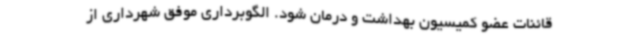
قائنات عضو کمیسیون بهداشت و درمان شود. الگوبرداری موفق شهرداری از